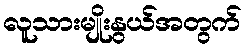
လူသားမျိုးနွယ်အတွက်